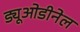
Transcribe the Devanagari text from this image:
ड्यूओडीनेल